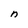
Character: n